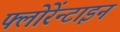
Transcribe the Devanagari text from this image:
फ्लोरेंन्टाइन